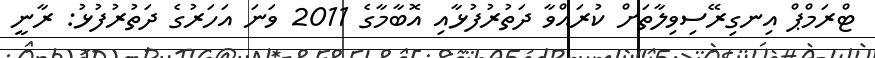
ޓްރަމްޕް އިނގިރޭސިވިލާތަށް ކުރައްވާ ދަތުރުފުޅާއި އޮބާމާގެ 2011 ވަނަ އަހަރުގެ ދަތުރުފުޅު: ރާނީ